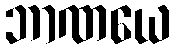
ဘာဏယေ